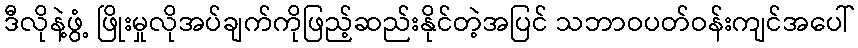
ဒီလိုနဲ့ဖွံ့ ဖြိုးမှုလိုအပ်ချက်ကိုဖြည့်ဆည်းနိုင်တဲ့အပြင် သဘာဝပတ်ဝန်းကျင်အပေါ်